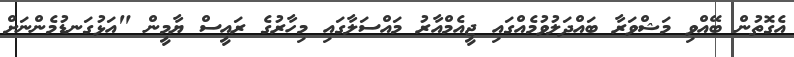
އެގޮތުން ބޭއްވި މަޝްވަރާ ބައްދަލުވުމެއްގައި ޖީއެމްއާރު މައްސަލާގައި މިހާރުގެ ރައީސް ޔާމީން "އަޅުގަނޑުމެންނަށް